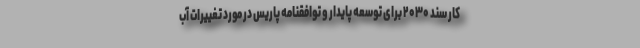
کار سند ۲۰۳۰ برای توسعه پایدار و توافقنامه پاریس در مورد تغییرات آب